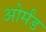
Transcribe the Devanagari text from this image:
ओर्मंड